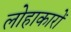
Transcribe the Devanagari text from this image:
लोहाकारों